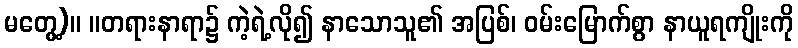
မတွေ့)။ ။တရားနာရာ၌ ကဲ့ရဲ့လို၍ နာသောသူ၏ အပြစ်၊ ဝမ်းမြောက်စွာ နာယူရကျိုးကို